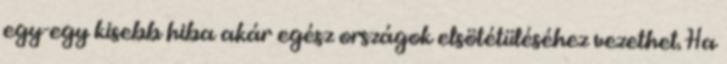
egy-egy kisebb hiba akár egész országok elsötétüléséhez vezethet. Ha